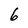
Character: 6